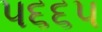
૫૬૬૫